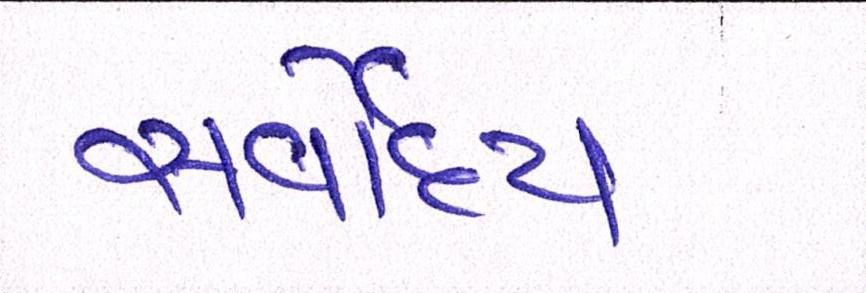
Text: સર્વોદય